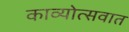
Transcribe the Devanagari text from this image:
काव्योत्सवात